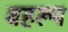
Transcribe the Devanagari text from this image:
बहरूप